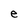
Character: e